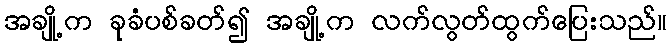
အချို့က ခုခံပစ်ခတ်၍ အချို့က လက်လွတ်ထွက်ပြေးသည်။